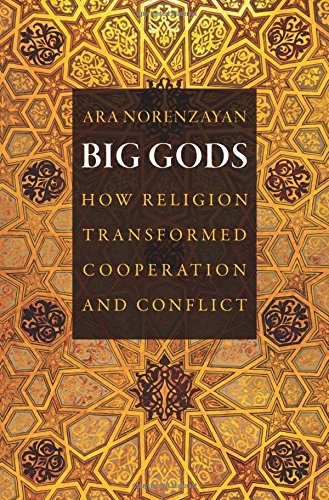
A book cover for Big Gods: How Religion Transformed Cooperation and Conflict; Ara Norenzayan; Religion & Spirituality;